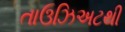
તાઉઝિઅટથી